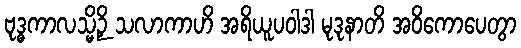
ဗုဒ္ဓကာလသ္မိဉှိ သလာကာဟိ အရိယူပဝါဒါ မုဒုနာတိ အဝိကောပေတွာ